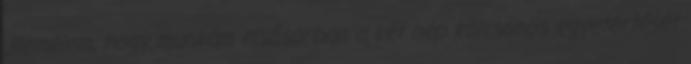
„Remélem, hogy munkám elsősorban a két nép kölcsönös egyetértését